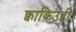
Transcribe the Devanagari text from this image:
क्वाकिउटी